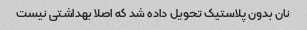
نان بدون پلاستیک تحویل داده شد که اصلا بهداشتی نیست